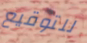
للتوقيع